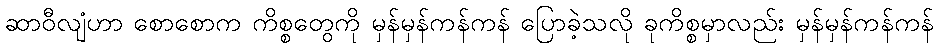
ဆာဝီလျံဟာ စောစောက ကိစ္စတွေကို မှန်မှန်ကန်ကန် ပြောခဲ့သလို ခုကိစ္စမှာလည်း မှန်မှန်ကန်ကန်